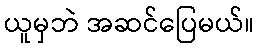
ယူမှဘဲ အဆင်ပြေမယ်။